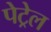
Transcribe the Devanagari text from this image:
पेट्रेल